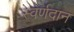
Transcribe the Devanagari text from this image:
स्वर्णदान